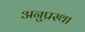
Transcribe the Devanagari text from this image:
अनुप्रस्था